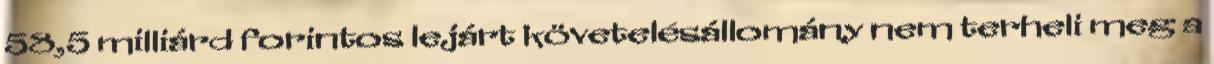
58,5 milliárd forintos lejárt követelésállomány nem terheli meg a